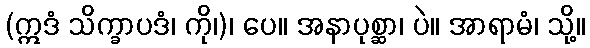
(ဣဒံ သိက္ခာပဒံ၊ ကို၊)၊ ပေ။ အနာပုစ္ဆာ၊ ပဲ။ အာရာမံ၊ သို့။